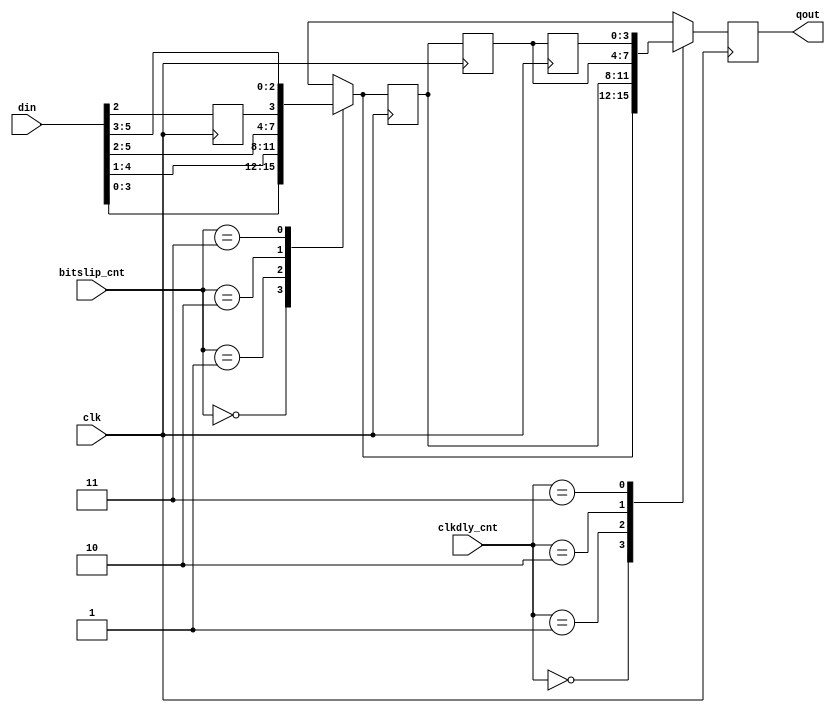
module rd_bitslip #
  (
   parameter TCQ = 100
  )
  (
   input            clk,
   input [1:0]      bitslip_cnt,
   input [1:0]      clkdly_cnt,
   input [5:0]      din,
   output reg [3:0] qout
   );
  reg       din2_r;
  reg [3:0] slip_out;
  reg [3:0] slip_out_r;
  reg [3:0] slip_out_r2;
  reg [3:0] slip_out_r3;
  always @(posedge clk)
    din2_r <= #TCQ din[2];
  always @(bitslip_cnt or din or din2_r)
    case (bitslip_cnt)
      2'b00: 
        slip_out = {din[3], din[2], din[1], din[0]};
      2'b01: 
        slip_out = {din[4], din[3], din[2], din[1]};
      2'b10: 
        slip_out = {din[5], din[4], din[3], din[2]};
      2'b11: 
        slip_out = {din2_r, din[5], din[4], din[3]};
    endcase
  always @(posedge clk) begin
    slip_out_r  <= #TCQ slip_out;
    slip_out_r2 <= #TCQ slip_out_r;
    slip_out_r3 <= #TCQ slip_out_r2;
  end
  always @(posedge clk)
    case (clkdly_cnt)
      2'b00: qout <= #TCQ slip_out;
      2'b01: qout <= #TCQ slip_out_r;
      2'b10: qout <= #TCQ slip_out_r2;
      2'b11: qout <= #TCQ slip_out_r3;
    endcase
endmodule